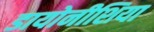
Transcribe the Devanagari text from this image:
डायोनीशिया